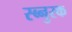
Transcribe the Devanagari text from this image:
स्ब्नुस्क